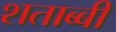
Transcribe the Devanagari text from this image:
शताब्बी